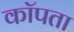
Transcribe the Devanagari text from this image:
कॉपता